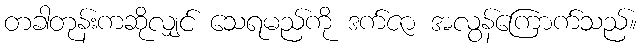
တခါတုန်းကဆိုလျှင် သေရမည်ကို ဒက်ဇာ အလွန်ကြောက်သည်။